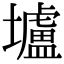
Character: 壚